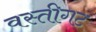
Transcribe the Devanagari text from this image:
वस्तीगट